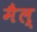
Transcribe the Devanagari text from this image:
मैल्